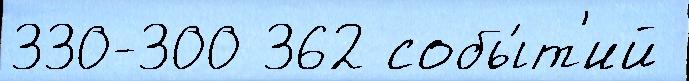
330-300 362 собы́т'ий